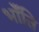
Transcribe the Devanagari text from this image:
भाँंति